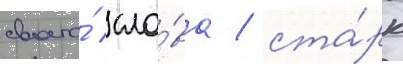
своего́ сло́ва / ста́рк